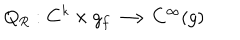
Q _ { R } : { \bf C } ^ { k } \times g _ { f } \longrightarrow C ^ { \infty } ( g )